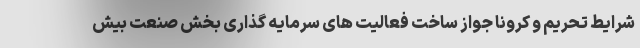
شرایط تحریم و کرونا جواز ساخت فعالیت های سرمایه گذاری بخش صنعت بیش